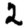
Digit: 2